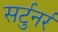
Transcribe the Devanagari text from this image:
सर्टुनर्र